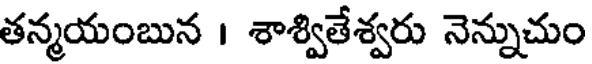
తన్మయంబున । శాశ్వితేశ్వరు నెన్నుచుం